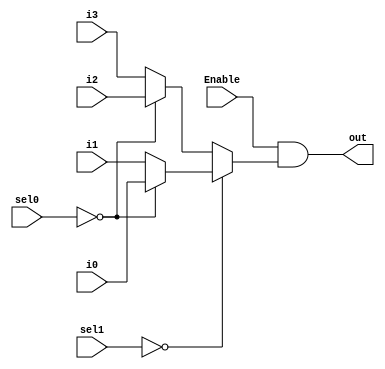
`timescale 1ns / 1ps
`default_nettype none

/*
**********************************************************
** Logic Design Final Project Fall, 2019 Semester
** Amirkabir University of Technology (Tehran Polytechnic)
** Department of Computer Engineering (CEIT-AUT)
** Logic Circuit Design Laboratory
** https://ceit.aut.ac.ir
**********************************************************
** Student ID: 9623105
** Student ID: 9731131
**********************************************************
** Module Name: Mux_4to1
**********************************************************
** Additional Comments:
*/

module Mux_4to1(
        i0, i1, i2, i3,
        sel0, sel1,
		  Enable,
		  out);

input[1:0] sel0, sel1;
input i0, i1, i2, i3;
input Enable;
output out;

	assign out = Enable & ((sel1 == 0) ? 
	((sel0 == 0) ? i0 : i1)	: 
	((sel0 == 0) ? i2 : i3));

endmodule